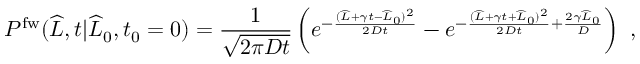
P ^ { \mathrm { f w } } ( \widehat { L } , t | \widehat { L } _ { 0 } , t _ { 0 } = 0 ) = \frac { 1 } { \sqrt { 2 \pi D t } } \left( e ^ { - \frac { ( \widehat { L } + \gamma t - \widehat { L } _ { 0 } ) ^ { 2 } } { 2 D t } } - e ^ { - \frac { ( \widehat { L } + \gamma t + \widehat { L } _ { 0 } ) ^ { 2 } } { 2 D t } + \frac { 2 \gamma \widehat { L } _ { 0 } } { D } } \right) \ ,